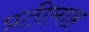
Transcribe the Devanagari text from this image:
प्रतीमाह